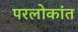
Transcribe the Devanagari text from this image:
परलोकांत